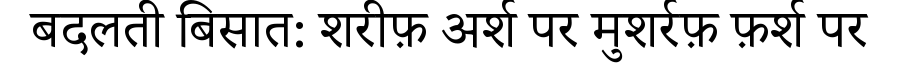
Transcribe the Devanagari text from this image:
बदलती बिसात: शरीफ़ अर्श पर मुशर्रफ़ फ़र्श पर